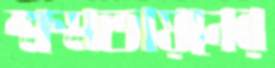
ক্ষমতায়নের